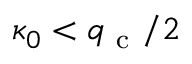
\kappa _ { 0 } < q _ { \mathrm { ~ c ~ } } / 2